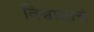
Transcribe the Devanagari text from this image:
विश्वासाचे